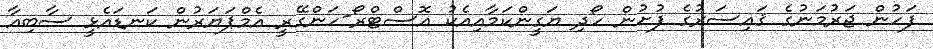
ފަހުން ޖަރުމަނުގެ ޤައިސަރުގެ ފުށުން ހޯދި ޔަގީންކަމާއިއެކު އޮސްޓްރޯ-ހަންގޭރީ އެމްޕަޔަރުން ކަނޑައެޅީ ސާބިއާ